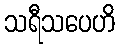
သရီသပေဟိ